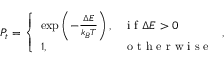
\begin{array} { r } { P _ { t } = \left\{ \begin{array} { l l } { \exp \left( - \frac { \Delta E } { k _ { B } T } \right) , } & { \mathrm { ~ i ~ f ~ } \Delta E > 0 } \\ { 1 , } & { \mathrm { ~ o ~ t ~ h ~ e ~ r ~ w ~ i ~ s ~ e ~ } } \end{array} \right. , } \end{array}